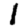
Digit: 1